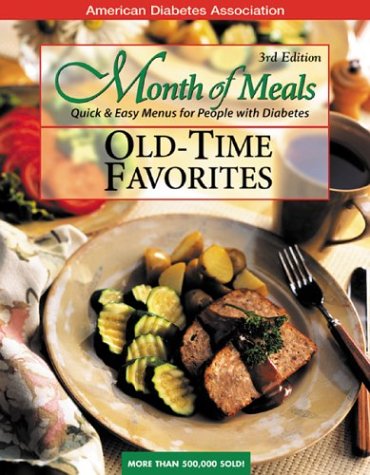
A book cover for Month of Meals: Old-Time Favorites; American Diabetes Association; Health, Fitness & Dieting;